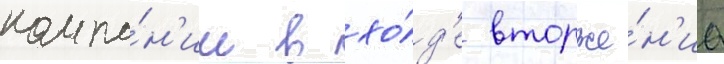
компа́н'ии в хо́д'е вторже́н'иа